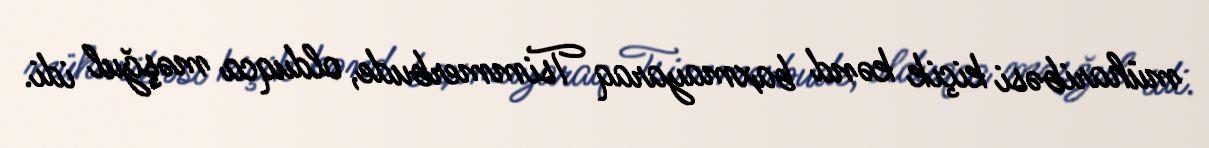
müharibəsi kiçik kənd baxmayaraq Tsimmerbude, olduqca məşğul idi.